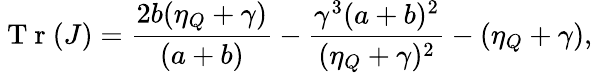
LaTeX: \mathrm{~T~r~}(J)=\frac{2b(\eta_{Q}+\gamma)}{(a+b)}-\frac{\gamma^{3}(a+b)^{2}}{(\eta_{Q}+\gamma)^{2}}-(\eta_{Q}+\gamma),